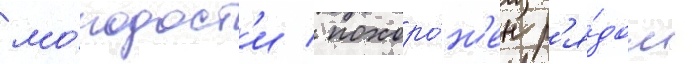
мо́лодост'и / похоро́н'ен р'я́дом